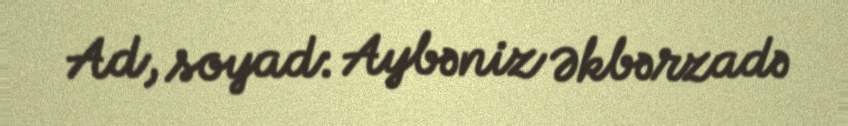
Ad, soyad: Aybəniz Əkbərzadə